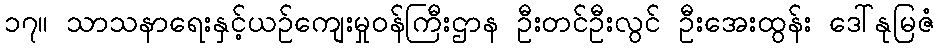
၁၇။ သာသနာရေးနှင့်ယဉ်ကျေးမှုဝန်ကြီးဌာန ဦးတင်ဦးလွင် ဦးအေးထွန်း ဒေါ်နုမြဇံ